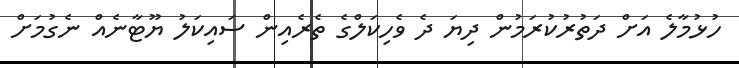
ހުޅުމާލެ އަށް ދަތުރުކުރަމުން ދިޔަ ދެ ވެހިކަލްގެ ތެރެއިން ސައިކަލު ޔޫޓާނެއް ނެގުމަށް